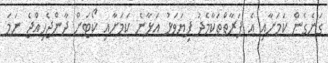
ގަނެގެން ކަމަށާއި އެ ފަރާތްތަކާމެދު ފިޔަވަޅު އަޅާނެ ކަމަށާއި ކޯޓަށް ދާންޖެހިއްޖެ ނަމަ